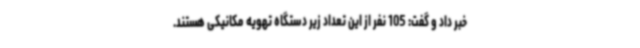
خبر داد و گفت: 105 نفر از این تعداد زیر دستگاه تهویه مکانیکی هستند.